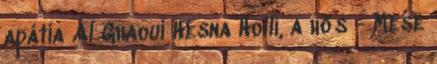
apátia Al Ghaoui Hesna Holli, a hős - Mese